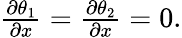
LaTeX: \begin{array}{r}{\frac{\partial\theta_{1}}{\partial x}=\frac{\partial\theta_{2}}{\partial x}=0.}\end{array}